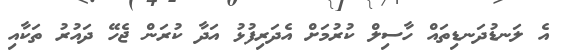
އެ ލަނޑުދަނޑިތައް ހާސިލް ކުރުމަށް އެދަރިފުޅު އަދާ ކުރަން ޖެހޭ ދައުރު ތަކާއި